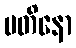
ပတိနော